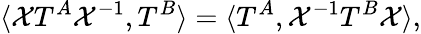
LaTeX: \langle{\cal X}T^{A}{\cal X}^{-1},T^{B}\rangle=\langle T^{A},{\cal X}^{-1}T^{B}{\cal X}\rangle,